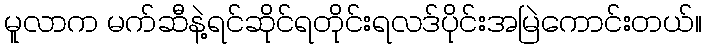
မူလာက မက်ဆီနဲ့ရင်ဆိုင်ရတိုင်းရလဒ်ပိုင်းအမြဲကောင်းတယ်။